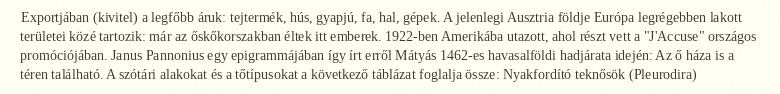
Exportjában (kivitel) a legfőbb áruk: tejtermék, hús, gyapjú, fa, hal, gépek. A jelenlegi Ausztria földje Európa legrégebben lakott területei közé tartozik: már az őskőkorszakban éltek itt emberek. 1922-ben Amerikába utazott, ahol részt vett a "J'Accuse" országos promóciójában. Janus Pannonius egy epigrammájában így írt erről Mátyás 1462-es havasalföldi hadjárata idején: Az ő háza is a téren található. A szótári alakokat és a tőtípusokat a következő táblázat foglalja össze: Nyakfordító teknősök (Pleurodira)